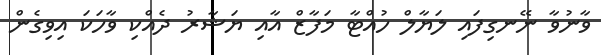
ވާނުވާ ނޭނގިފައި ލަޔާލް ހުއްޓާ މަފާޒް އާއި ޔަޝާރު ދެއްކި ވާހަކަ އިވިގެން